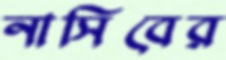
নাসিবের